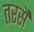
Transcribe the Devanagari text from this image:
तरसै